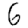
Digit: 6